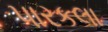
પારકલા